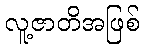
လူ့ဇာတိအဖြစ်